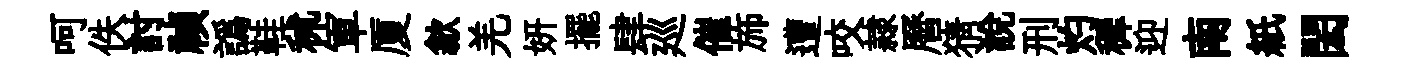
呵佚討禎譌鞋秫軍厦歙羌妍擺肆廵催斾遭咬隷曆猜說刑灼穉迎南紙閎